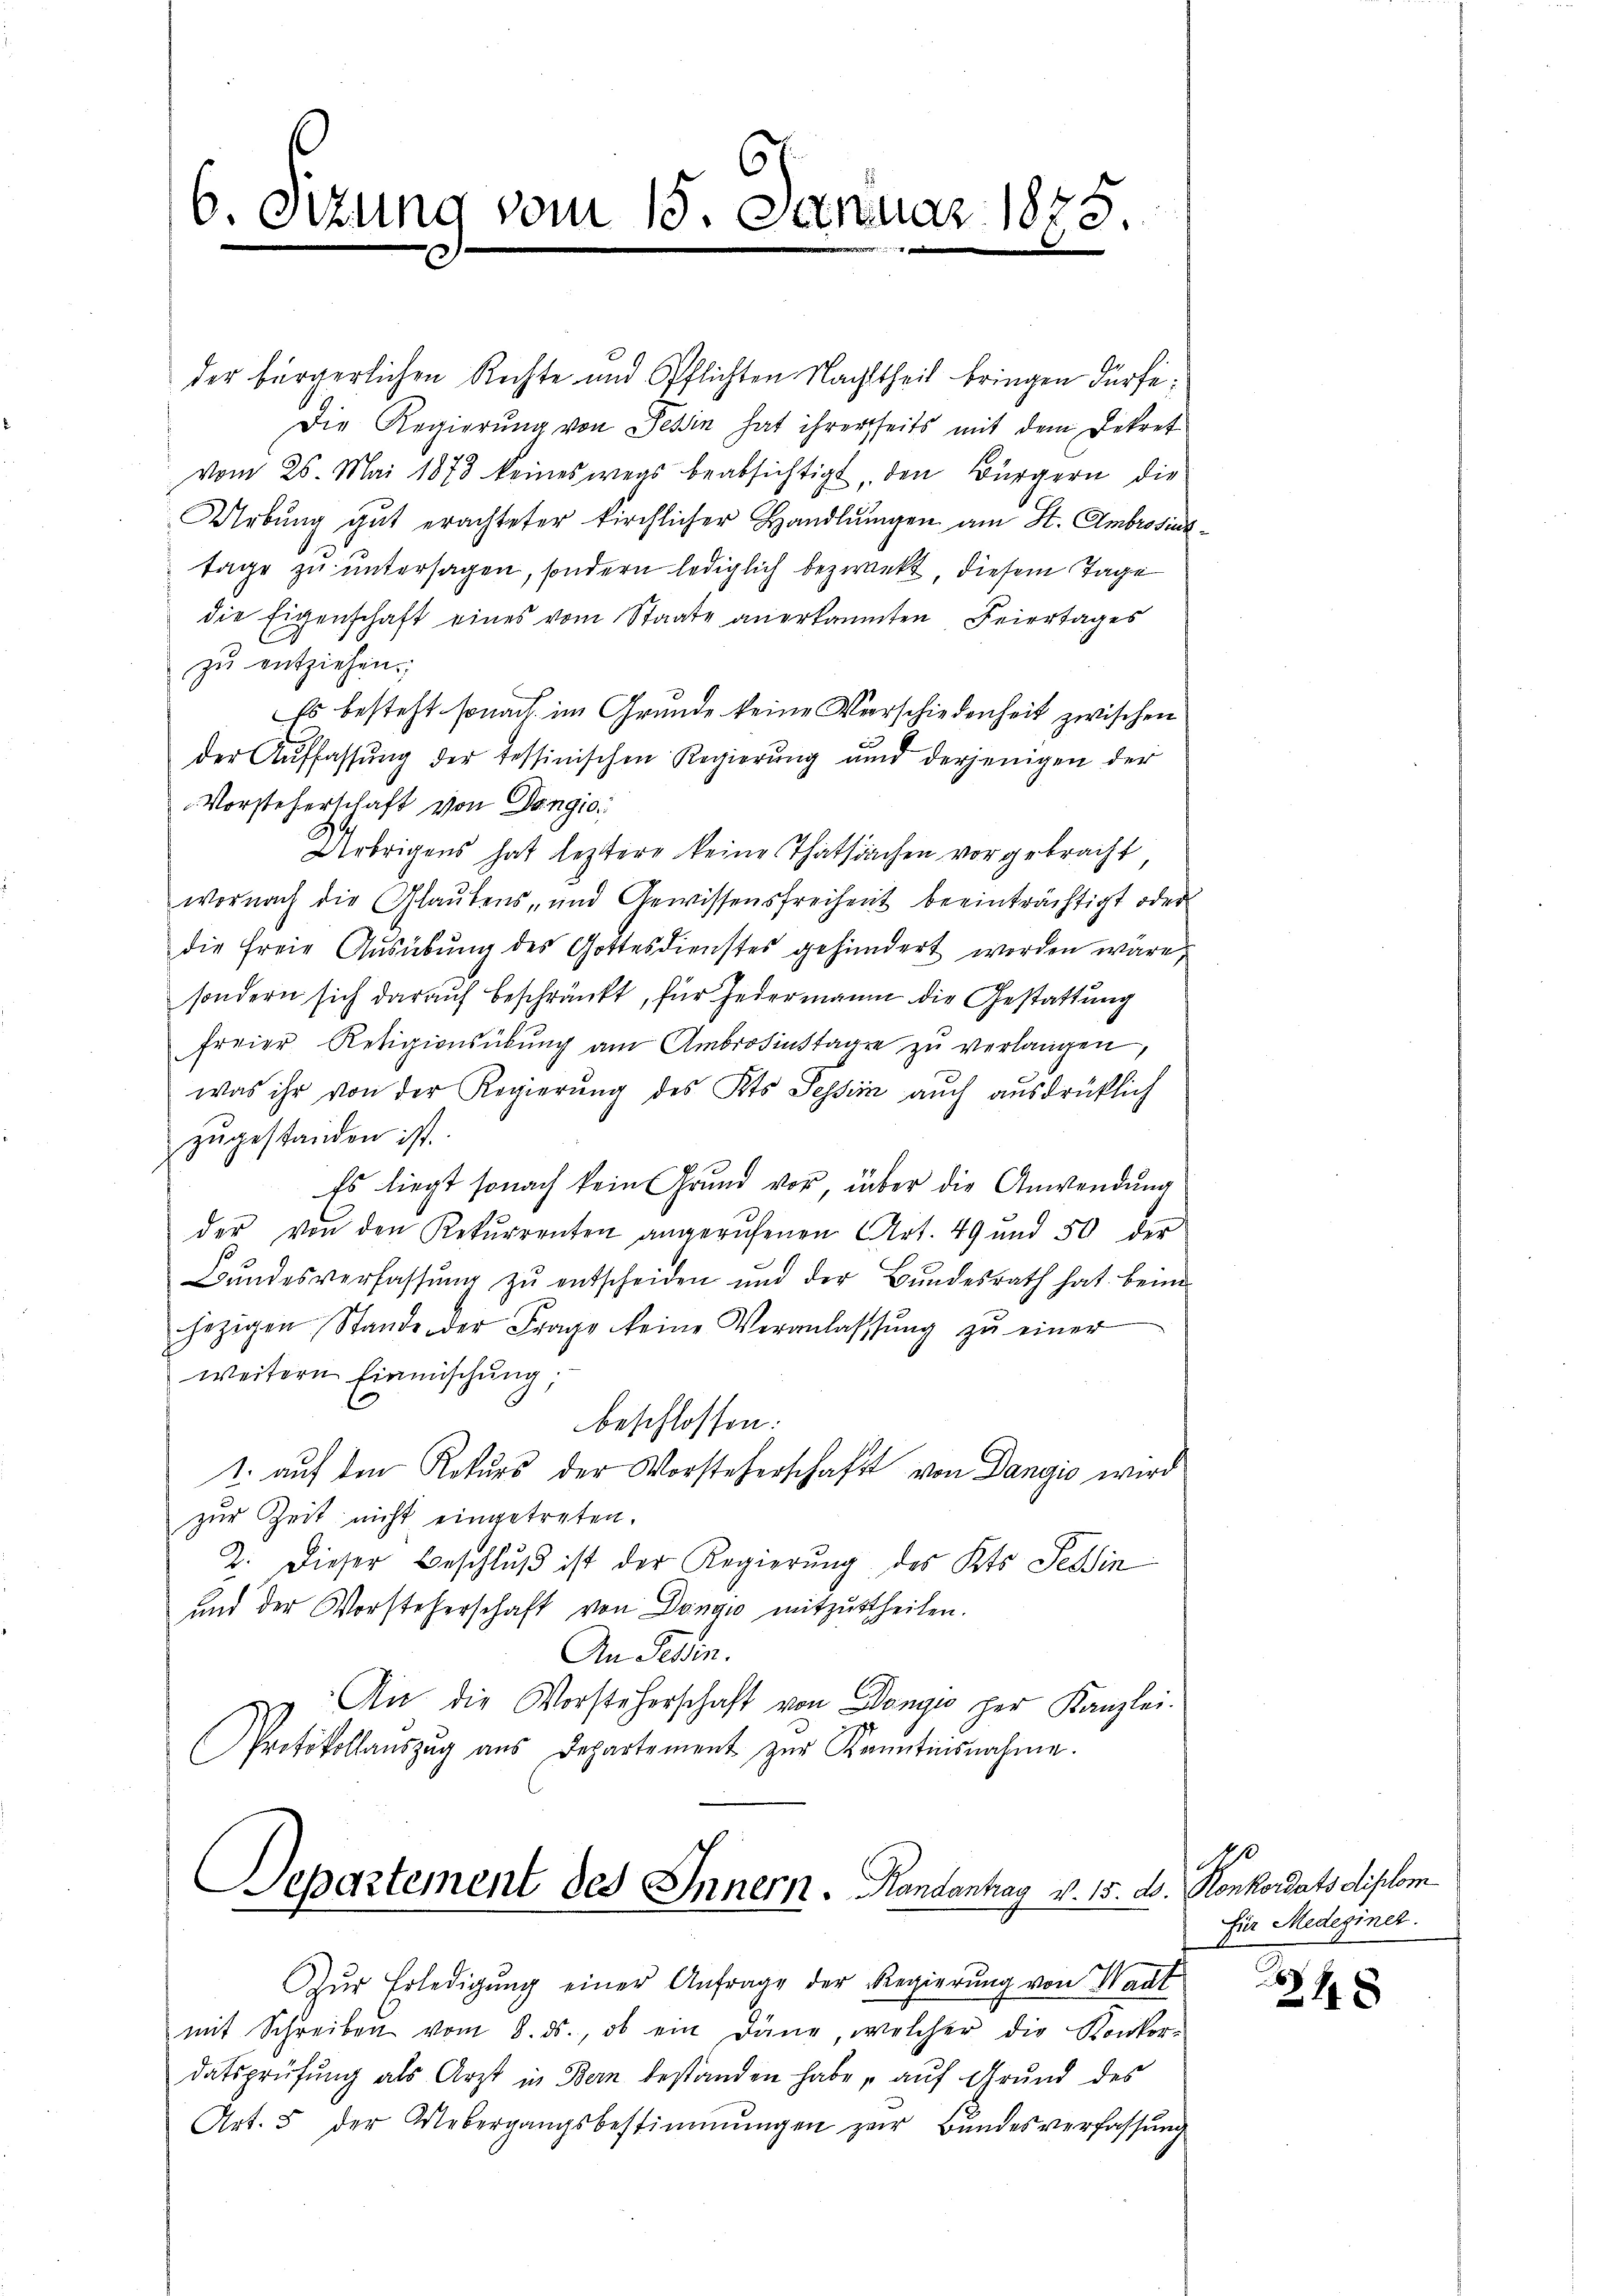
C
6. Sitzung vom 15. Januar 1875.

der bürgerlichen Rechte und Pflichten Nachttheil bringen dürfe;
Die Regierŭng von Tessin hat ihrerseits mit dem Dekret
vom 26. Mai 1878 keineswegs beabsichtigt, den Bürgern die
Urbŭng gut erachteter kirchlicher Handlŭngen am St. Ambrosias
tage zu untersagen, sondern lediglich bezwekt diesem Tage
die Eigenschaft eines vom Staate anerkannten Feiertages
zu entziehen.
Es besteht sonach im Grunde keine Verschiedenheit zwischen
der Auffassung der Tessinischen Regierung und derjenigen der
Vorsteherschaft von Dangio
Uebrigens hat leztere keine Thatsachen vorgebracht,
wornach die Glaŭbens- und Gewissensfreiheit beeinträchtigt oder
die freie Ausübung des Gottesdienstes gehindert worden wäre,
sondern sich darauf beschränkt, für jedermann die Gestattung
freier Religionsübŭng am Ambrosinstagen zŭ verlangen,
was ihr von der Regierŭng des Kts Tessin auch ausdrücklich
zugestanden ist.
Es liegt sonach kein Grund vor, über die Anwendung
der von den Rekurrenten angerufenen Art. 49 und 50 der
Bŭndesverfassŭng zŭ entscheiden und der Bŭndesrath hat beim
jezigen Stande der Frage keine Veranlassŭng zŭ einer
weitern Einmischung;
beschlossen:
1. auf den Rekurs der Vorsteherschaft von Dangio wird
zur Zeit nicht eingetreten.
2. Dieser Beschluß ist der Regierung des Kts. Tessin
und der Vorsteherschaft von Dongio mitzutheilen.
An Tessin.
An die Vorsteherschaft von Dongi per Kanzlei.
Protokollaŭszŭg aŭs Departement zŭr Kenntnisnahme.

Separtement des Innern. Handantrag v. 15. d. Konkordats diplom
—

Zŭr Erledigŭng einer Anfrage der Regierŭng von Wart
mit Schreiben vom 8. ds., ob ein Dane, welcher die Konkor-
datsprüfung als Arzt in Bern bestanden habe „auf Grund des
Art. 5 der Uebergangsbestimmungen zŭr Bŭndesverfassŭng

für Medeginel.

48